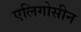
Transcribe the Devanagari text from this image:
एलिगोसीन